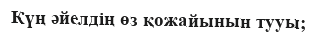
Күң әйелдің өз қожайынын тууы;